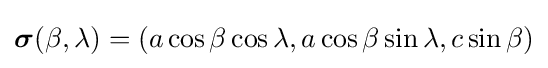
{\boldsymbol {\sigma }}(\beta ,\lambda )=(a\cos \beta \cos \lambda ,a\cos \beta \sin \lambda ,c\sin \beta )